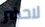
لاحضر